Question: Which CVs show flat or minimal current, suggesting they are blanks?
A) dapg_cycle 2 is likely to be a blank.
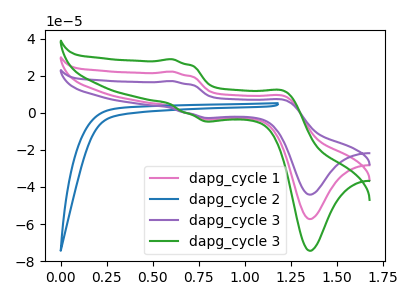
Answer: <think>The pink curve "dapg_cycle 1" has anodic peaks at (0.60V, 22.30uA) (1.20V, 8.80uA) and cathodic peaks at (0.80V, -3.60uA) (1.35V, -57.35uA). The blue curve "dapg_cycle 2" has no peaks. The purple curve "dapg_cycle 3" has anodic peaks at (0.60V, 44.60uA) (1.20V, 17.60uA) and cathodic peaks at (0.80V, -7.20uA) (1.35V, -114.65uA). The green curve "dapg_cycle 3" has anodic peaks at (0.60V, 28.95uA) (1.20V, 11.45uA) and cathodic peaks at (0.80V, -4.70uA) (1.35V, -74.45uA).</think>
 <answer>A) "dapg_cycle 2" is likely to be a blank.</answer>
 <eval>A</eval>